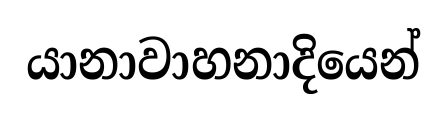
යානාවාහනාදියෙන්